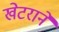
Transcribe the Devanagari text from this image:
खेटराने